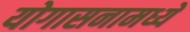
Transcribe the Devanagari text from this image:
योगासनामध्ये